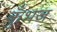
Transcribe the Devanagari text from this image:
कुँभज